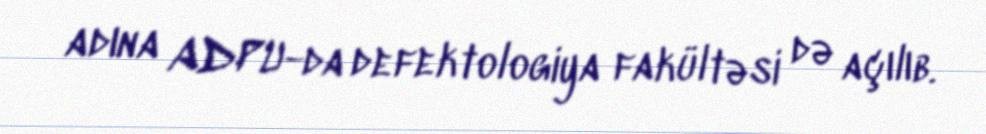
adına ADPU-da defektologiya fakültəsi də açılıb.